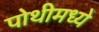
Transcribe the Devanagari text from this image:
पोथीमध्ये